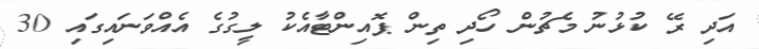
އަދި ރޭ ކުޅުނު މެޗުން ހޯދި ތިން ޕޮއިންޓާއެކު ލީގުގެ އެއްވަނައިގައި 30